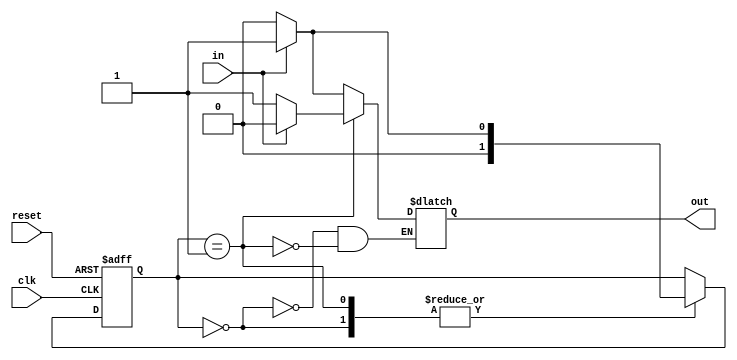
module mealy_state_machine (
  input clk,
  input reset,
  input in,
  output reg out
);

// Define states
parameter S0 = 2'b00;
parameter S1 = 2'b01;

// Define state memory
reg [1:0] state, next_state;

// State machine logic
always @(posedge clk or posedge reset) begin
  if (reset) begin
    state <= S0;
  end else begin
    state <= next_state;
  end
end

// State transitions and outputs
always @* begin
  next_state = state;
  case(state)
    S0: begin
      if (in) begin
        next_state = S1;
        out = 1'b1;
      end else begin
        next_state = S0;
        out = 1'b0;
      end
    end
    S1: begin
      if (in) begin
        next_state = S1;
        out = 1'b0;
      end else begin
        next_state = S0;
        out = 1'b1;
      end
    end
  endcase
end

endmodule